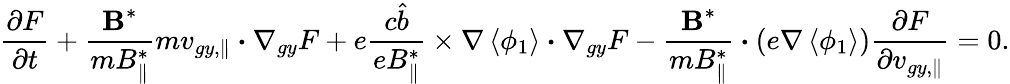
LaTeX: \frac{\partial F}{\partial t}+\frac{\textbf{B}^{*}}{mB_{\parallel}^{*}}m{v}_{gy,\parallel}\boldsymbol{\cdot}\nabla_{gy}F+e\frac{c\hat{b}}{eB_{\parallel}^{*}}\times\nabla\left<\phi_{1}\right>\boldsymbol{\cdot}\nabla_{gy}F-\frac{\textbf{B}^{*}}{mB_{\parallel}^{*}}\boldsymbol{\cdot}\left(e\nabla\left<\phi_{1}\right>\right)\frac{\partial F}{\partial{v}_{gy,\parallel}}=0.